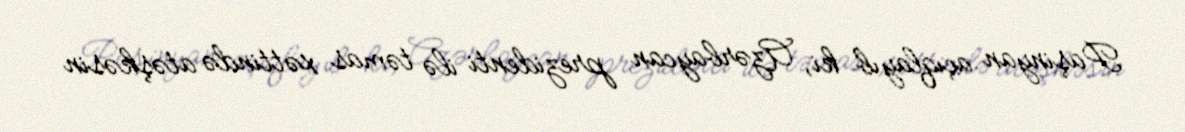
Paşinyan açıqlayıb ki, Azərbaycan prezidenti ilə təmas xəttində atəşkəsin